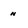
Character: n